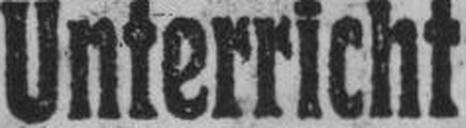
Unterricht